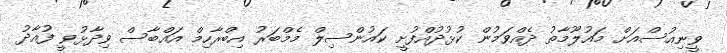
ވީނިއުސްއަށް މައުލޫމާތު ދެއްވަމުން ކުޅުދުއްފުށީ ކައުންސިލް މެމްބަރު އިބްރާހިމް އައްބާސް ވިދާޅުވީ ފުއާދު